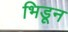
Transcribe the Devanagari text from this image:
भिडून